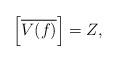
LaTeX: \begin{align*}\Big[\overline{V(f)}\Big]=Z,\end{align*}